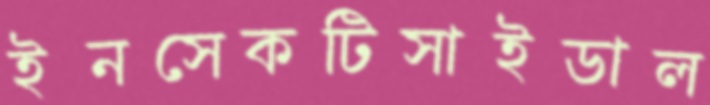
ইনসেকটিসাইডাল